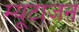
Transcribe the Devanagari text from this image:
म्यूटाजन